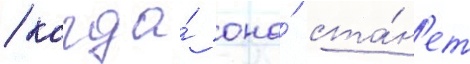
/ когда́ она́ ста́н'ет